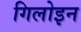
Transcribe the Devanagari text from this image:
गिलोइन